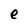
Character: e